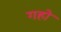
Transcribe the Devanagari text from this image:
गहो